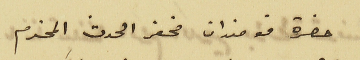
حضرة قومندان مخفر الحدث المحترم